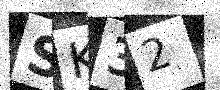
Text: SK32